Lunatic asylums Central Provinces reports 1895-1909 - 1895-1909
Year: 1895
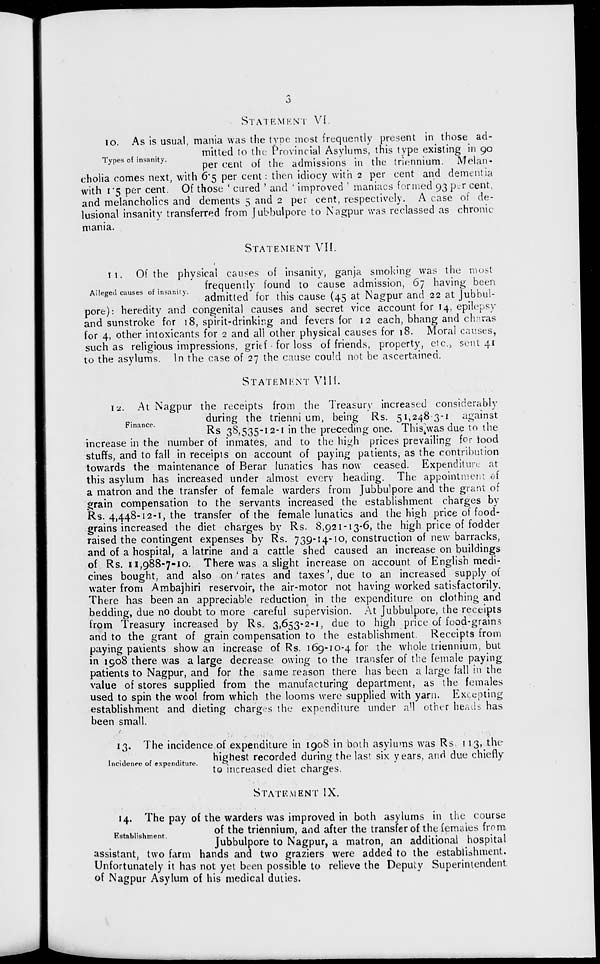
3
STATEMENT
VI.
Types of insanity.
10. As is usual, mania was the type most frequently present in those ad-
mitted to the Provincial Asylums, this type existing in 90
per cent of the admissions in the triennium. Melan-
cholia comes next, with 6.5 per cent : then idiocy with 2 per cent and dementia
with 1.5 per cent. Of those ' cured ' and ' improved ' maniacs formed 93 per cent,
and melancholics and dements 5 and 2 per cent, respectively. A case of de-
lusional insanity transferred from Jubbulpore to Nagpur was reclassed as chronic
mania.
STATEMENT
VII.
Alleged causes of insanity.
11. Of the physical causes of insanity, ganja smoking was the most
frequently found to cause admission, 67 having been
admitted for this cause (45 at Nagpur and 22 at Jubbul-
pore): heredity and congenital causes and secret vice account for 14, epilepsy
and sunstroke for 18, spirit-drinking and fevers for 12 each, bhang and charas
for 4, other intoxicants for 2 and all other physical causes for 18. Moral causes,
such as religious impressions, grief for loss of friends, property, etc., sent 41
to the asylums. In the case of 27 the cause could not be ascertained.
STATEMENT
VIII.
Finance.
12. At Nagpur the receipts from the Treasury increased considerably
during the triennium, being Rs. 51,248-3-1 against
Rs 38,535-12-1 in the preceding one. This was due to the
increase in the number of inmates, and to the high prices prevailing for food
stuffs, and to fall in receipts on account of paying patients, as the contribution
towards the maintenance of Berar lunatics has now ceased. Expenditure at
this asylum has increased under almost every heading. The appointment of
a matron and the transfer of female warders from Jubbulpore and the grant of
grain compensation to the servants increased the establishment charges by
Rs. 4,448-12-1, the transfer of the female lunatics and the high price of food-
grains increased the diet charges by Rs. 8,921-13-6, the high price of fodder
raised the contingent expenses by Rs. 739-14-10, construction of new barracks,
and of a hospital, a latrine and a cattle shed caused an increase on buildings
of Rs. 11,988-7-10. There was a slight increase on account of English medi-
cines bought, and also on 'rates and taxes', due to an increased supply of
water from Ambajhiri reservoir, the air-motor not having worked satisfactorily.
There has been an appreciable reduction in the expenditure on clothing and
bedding, due no doubt to more careful supervision. At Jubbulpore, the receipts
from Treasury increased by Rs. 3,653-2-1, due to high price of food-grains
and to the grant of grain compensation to the establishment. Receipts from
paying patients show an increase of Rs. 169-10-4 for the whole triennium, but
in 1908 there was a large decrease owing to the transfer of the female paying
patients to Nagpur, and for the same reason there has been a large fall in the
value of stores supplied from the manufacturing department, as the females
used to spin the wool from which the looms were supplied with yarn. Excepting
establishment and dieting charges the expenditure under all other heads has
been small.
Incidence of expenditure.
13. The incidence of expenditure in 1908 in both asylums was Rs. 113, the
highest recorded during the last six years, and due chiefly
to increased diet charges.
STATEMENT
IX.
Establishment.
14. The pay of the warders was improved in both asylums in the course
of the triennium, and after the transfer of the females from
Jubbulpore to Nagpur, a matron, an additional hospital
assistant, two farm hands and two graziers were added to the establishment.
Unfortunately it has not yet been possible to relieve the Deputy Superintendent
of Nagpur Asylum of his medical duties.